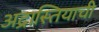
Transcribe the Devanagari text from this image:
अद्रास्तियाची